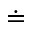
\doteq